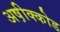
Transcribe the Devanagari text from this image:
अष़ीक्कोड